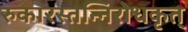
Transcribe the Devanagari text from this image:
रुकारस्तन्निरोधकृत्